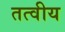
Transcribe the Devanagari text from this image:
तत्‍वीय